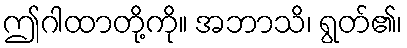
ဤဂါထာတို့ကို။ အဘာသိ၊ ရွတ်၏၊